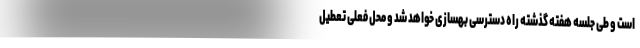
است و طی جلسه هفته گذشته راه دسترسی بهسازی خواهد شد و محل فعلی تعطیل